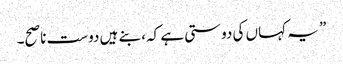
” یہ کہاں کی دوستی ہے کہ، بنے ہیں دوست ناصح۔